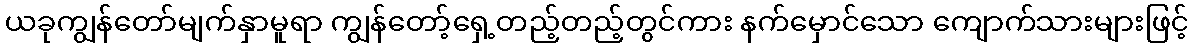
ယခုကျွန်တော်မျက်နှာမူရာ ကျွန်တော့်ရှေ့တည့်တည့်တွင်ကား နက်မှောင်သော ကျောက်သားများဖြင့်